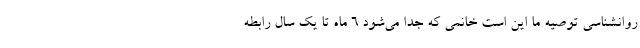
روانشناسی توصیه ما این است خانمی که جدا می‌شود ۶ ماه تا یک سال رابطه